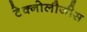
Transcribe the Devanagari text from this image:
टेक्नोलौजीस